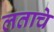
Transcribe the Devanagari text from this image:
लताचे